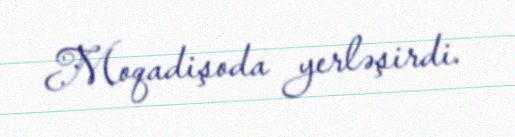
Moqadişoda yerləşirdi.